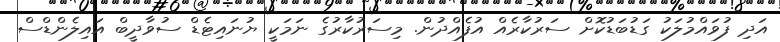
އަދި ފުވައްމުލަކު ގަޑުބަޑުކޮށް ސަރުކާރެއް އުފެއްދުން. މިސަރުކާރުގެ ނަމަކީ ޔުނައިޓެޑް ސުވާދީބް އައިލެންޑްސް